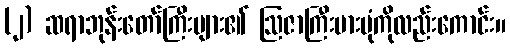
(၂) ဆရာဘုန်းတော်ကြီးများ၏ ဩဇာကြီးမားပုံကိုလည်းကောင်း။